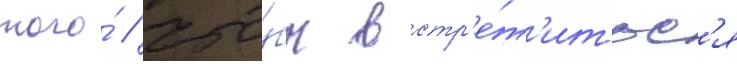
того́ / что́бы встр'е́т'итьс'я